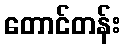
တောင်တန်း